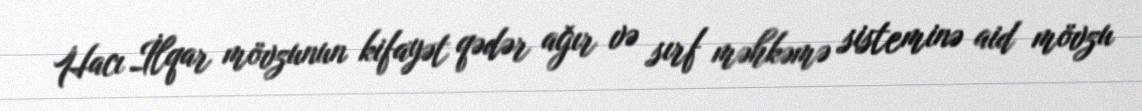
Hacı İlqar mövzunun kifayət qədər ağır və sırf məhkəmə sisteminə aid mövzu